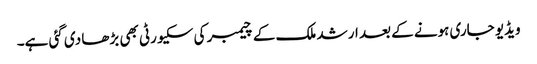
ویڈیو جاری ہونے کے بعد ارشد ملک کے چیمبر کی سکیورٹی بھی بڑھا دی گئی ہے۔